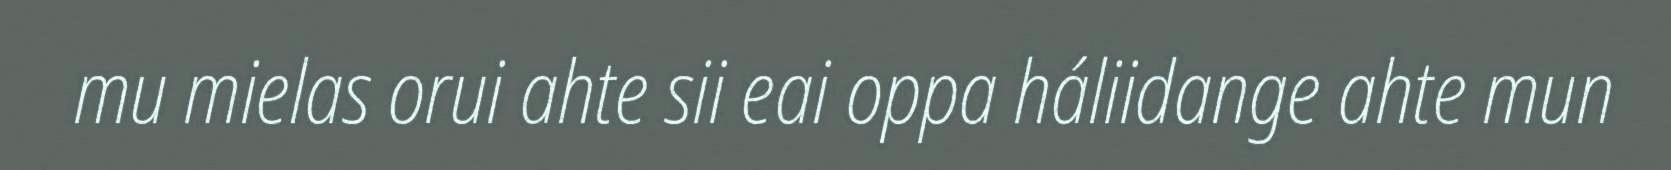
mu mielas orui ahte sii eai oppa háliidange ahte mun